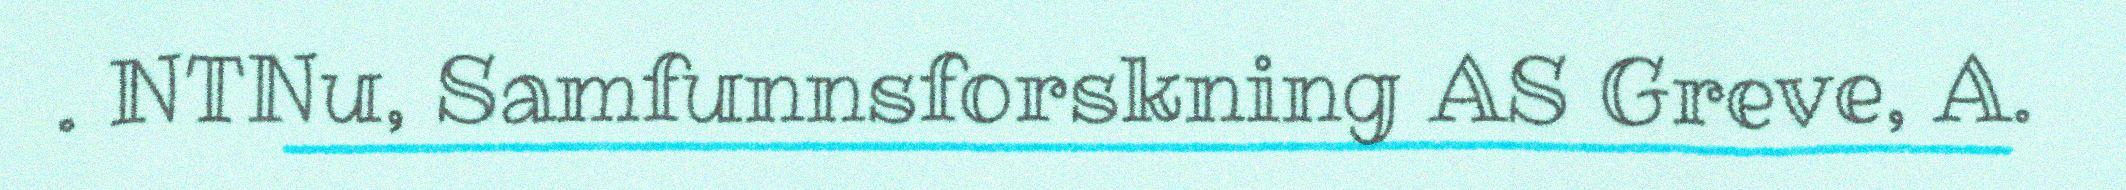
. NTNu, Samfunnsforskning AS Greve, A.